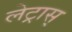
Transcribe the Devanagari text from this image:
लेट्रास्